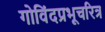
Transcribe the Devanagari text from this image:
गोविंदप्रभूचरित्र